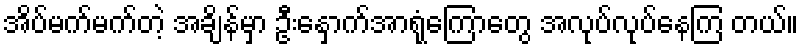
အိပ်မက်မက်တဲ့ အချိန်မှာ ဦးနှောက်အာရုံကြောတွေ အလုပ်လုပ်နေကြ တယ်။